Report on vaccination in Madras 1895-1903 - 1895-1903
Year: 1895
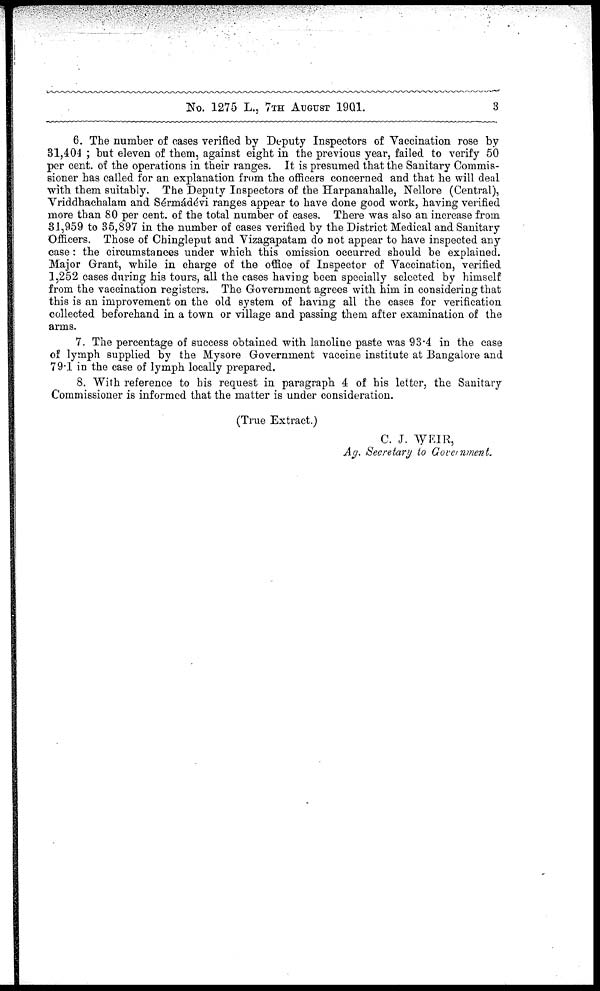
No. 1275 L., 7TH AUGUST 1901.
3
6. The number of cases verified by Deputy Inspectors of Vaccination rose by
31,404 ; but eleven of them, against eight in the previous year, failed to verify 50
per cent. of the operations in their ranges. It is presumed that the Sanitary Commis-
sioner has called for an explanation from the officers concerned and that he will deal
with them suitably. The Deputy Inspectors of the Harpanahalle, Nellore (Central),
Vriddhachalam and Sérmádévi ranges appear to have done good work, having verified
more than 80 per cent. of the total number of cases. There was also an increase from
31,959 to 35,897 in the number of cases verified by the District Medical and Sanitary
Officers. Those of Chingleput and Vizagapatam do not appear to have inspected any
case: the circumstances under which this omission occurred should be explained.
Major Grant, while in charge of the office of Inspector of Vaccination, verified
1,252 cases during his tours, all the cases having been specially selected by himself
from the vaccination registers. The Government agrees with him in considering that
this is an improvement on the old system of having all the cases for verification
collected beforehand in a town or village and passing them after examination of the
arms.
7. The percentage of success obtained with lanoline paste was 93.4 in the case
of lymph supplied by the Mysore Government vaccine institute at Bangalore and
79.1 in the case of lymph locally prepared.
8. With reference to his request in paragraph 4 of his letter, the Sanitary
Commissioner is informed that the matter is under consideration.
(True Extract.)
C. J. WEIR,
Ag. Secretary to Government.